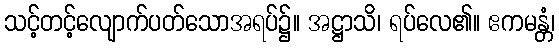
သင့်တင့်လျောက်ပတ်သောအရပ်၌။ အဋ္ဌာသိ၊ ရပ်လေ၏။ ဧကမန္တံ၊